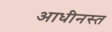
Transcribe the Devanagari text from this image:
आधीनस्त